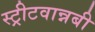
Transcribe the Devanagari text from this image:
स्ट्रीटवान्नबी